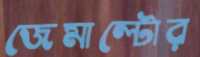
জেমাল্টোর